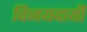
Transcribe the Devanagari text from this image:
विजयदायी